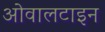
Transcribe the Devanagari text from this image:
ओवालटाइन